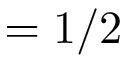
= 1 / 2